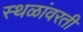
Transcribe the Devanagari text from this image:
स्थळांवरती